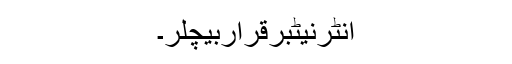
انٹرنیٹبرقراربیچلر۔